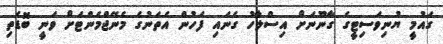
ގައުމީ ޔުނިވަސިޓީގެ ގާނޫނަށް އިސްލާހު ގެނައި ފަހުން އެތަނުގެ މެނޭޖްމެންޓަށް ވަނީ ބޮޑެތި